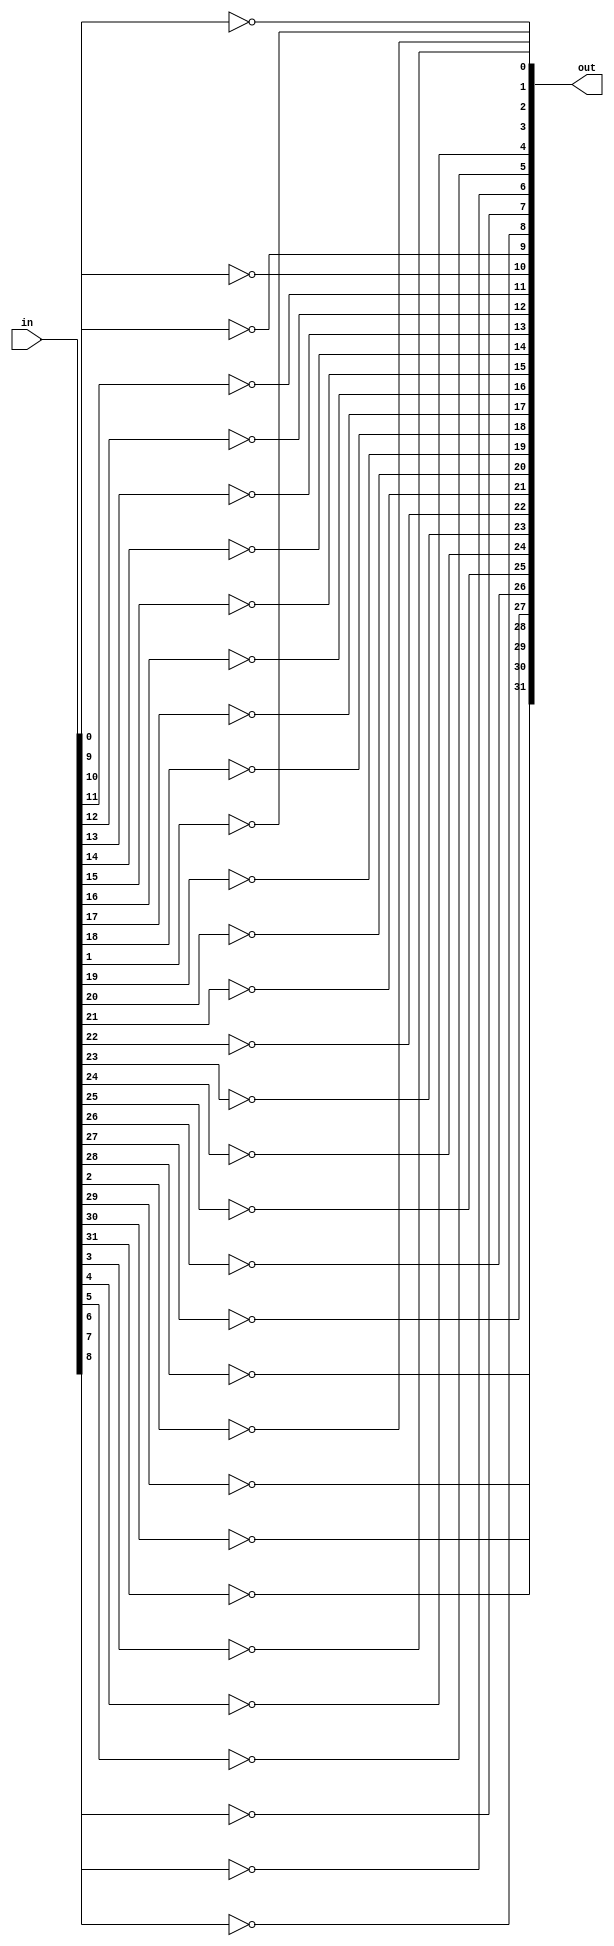
`timescale 1ns / 1ps
//////////////////////////////////////////////////////////////////////////////////
// Company: 
// Engineer: 
// 
// Design Name: 
// Module Name: Nbit_NOT
// Project Name: 
// Target Devices: 
// Tool Versions: 
// Description: 
// 
// Dependencies: 
// 
// Revision:
// Revision 0.01 - File Created
// Additional Comments:
// 
//////////////////////////////////////////////////////////////////////////////////

module Nbit_NOT(
out,
in
    );
parameter n=32;
input[n-1:0] in;
output [n-1:0] out;
genvar i;


generate 
for(i=0;i<n;i=i+1)begin
not(out[i],in[i]);
end 
endgenerate 
    
endmodule